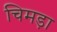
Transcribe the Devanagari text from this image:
चिमड़ा